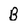
Character: B